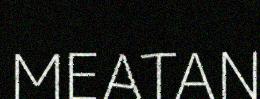
MEATAN